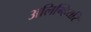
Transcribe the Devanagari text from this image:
अलिग्हियरि